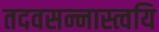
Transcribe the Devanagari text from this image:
तदवसन्नास्त्वयि